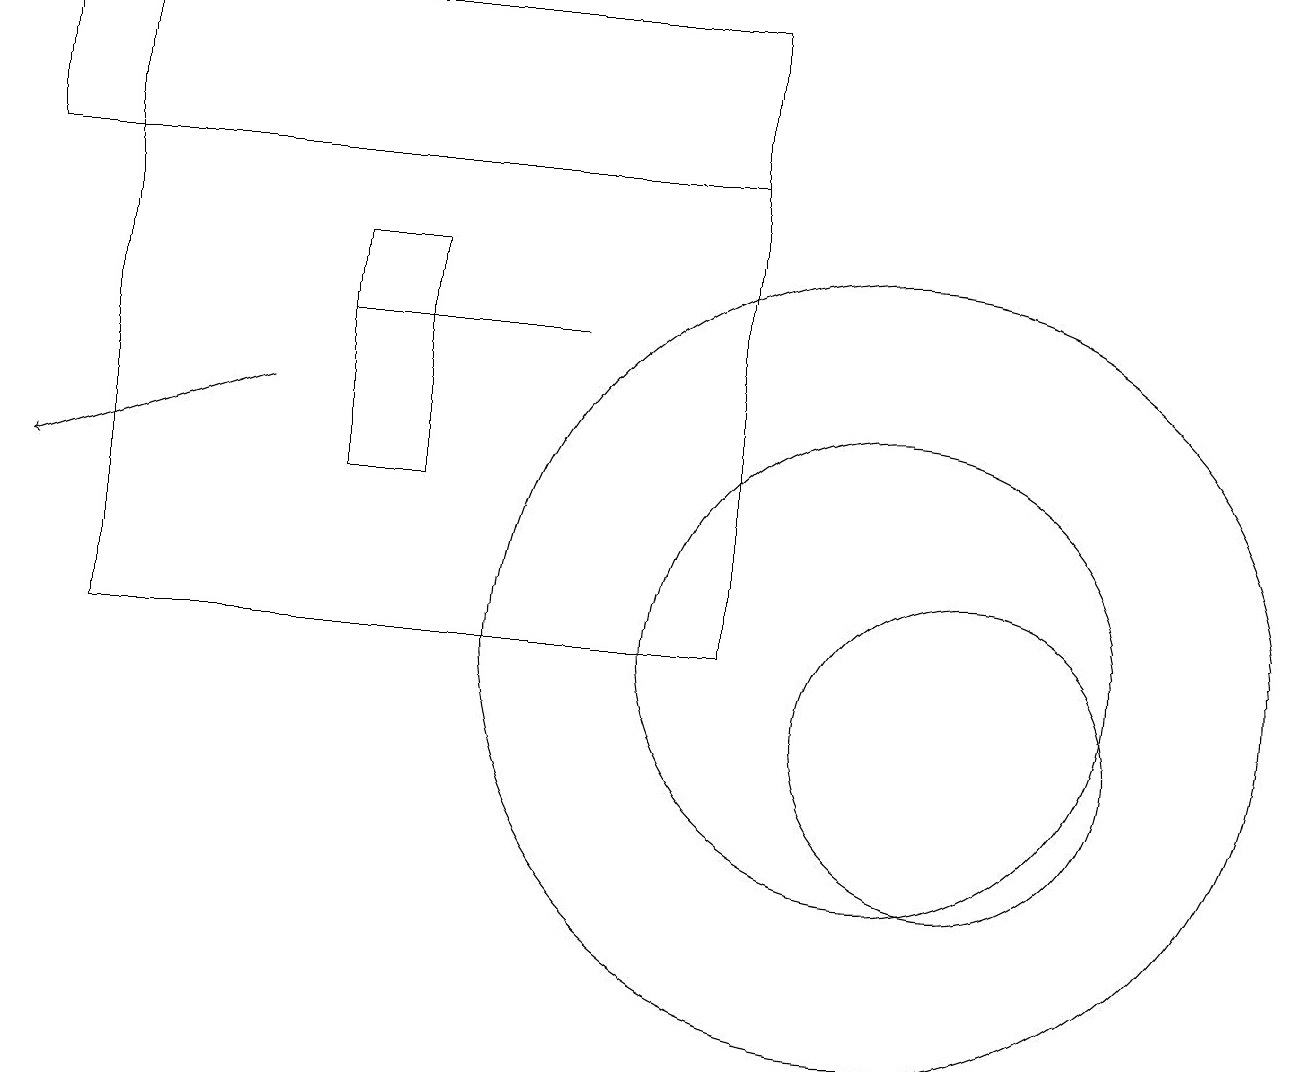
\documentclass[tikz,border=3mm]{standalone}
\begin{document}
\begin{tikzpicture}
\draw (5,13) rectangle (4,16);
\draw (12,10) circle (2);
\draw (11,11) circle (5);
\draw (1,19) rectangle (9,11);
\draw[->] (3,14) -- (0,13);
\draw (9,17) rectangle (0,19);
\draw (7,15) rectangle (4,15);
\draw (11,11) circle (3);
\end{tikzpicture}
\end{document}